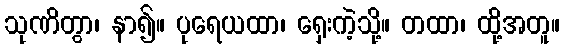
သုဏိတွာ၊ နာ၍။ ပုရေယထာ၊ ရှေးကဲ့သို့။ တထာ၊ ထို့အတူ။